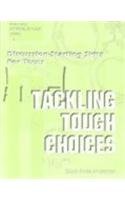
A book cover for Tackling Tough Choices: Discussion-Starting Skits for Teens (Acting It Out Series); Doris Anita Anderson; Teen & Young Adult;